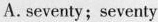
A. seventy; seventy